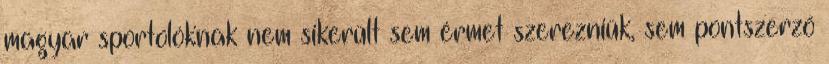
magyar sportolóknak nem sikerült sem érmet szerezniük, sem pontszerző